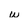
Character: w